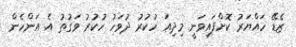
ޒެޑޭ ހައްޔަރު ކޮށްފައިވަނީ މިދިއަ ހުކުރު ދުވަހު ހުކުރު ވަގުތު އެ އަންހެން